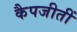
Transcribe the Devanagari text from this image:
कैपजीतीं